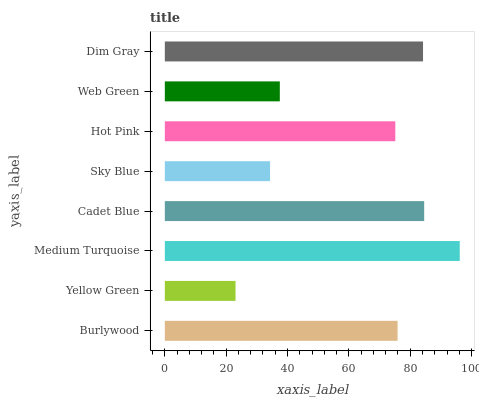
| yaxis_label | bars |
 | --- | --- |
 | Burlywood | 75.9 |
 | Yellow Green | 23 |
 | Medium Turquoise | 96.1 |
 | Cadet Blue | 84.5 |
 | Sky Blue | 34.3 |
 | Hot Pink | 75.1 |
 | Web Green | 37.5 |
 | Dim Gray | 84.2 |